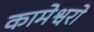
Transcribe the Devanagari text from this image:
कामेश्वरो